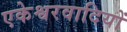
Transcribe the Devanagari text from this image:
एकेश्वरवादियों